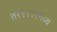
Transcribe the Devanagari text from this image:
तर१९९९मध्ये